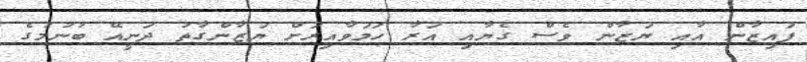
ފައިޒާން އާއި ޔަޒާން ވެސް ގެޔާއި އަރާ ހަމަވާއިރަށް ޔަޒާންގާތު ދަނީއޭ ބުނުމުގެ